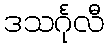
ဒသင်္ဂုလီ